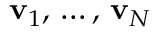
\displaystyle \mathbf { v } _ { 1 } , \, \ldots , \, \mathbf { v } _ { N }